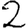
Digit: 2